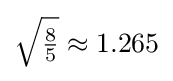
{\sqrt {\tfrac {8}{5}}}\approx 1.265